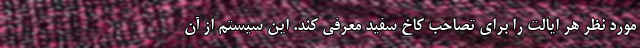
مورد نظر هر ایالت را برای تصاحب کاخ سفید معرفی کند. این سیستم از آن